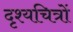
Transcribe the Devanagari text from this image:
दृश्यचित्रों